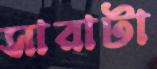
সারাটা